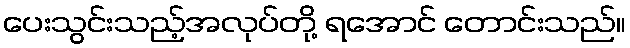
ပေးသွင်းသည့်အလုပ်တို့ ရအောင် တောင်းသည်။